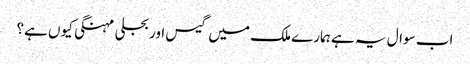
اب سوال یہ ہے ہمارے ملک میں گیس اور بجلی مہنگی کیوں ہے؟